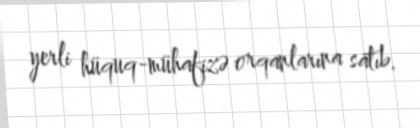
yerli hüquq-mühafizə orqanlarına satıb.